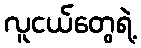
လူငယ်တွေရဲ့